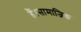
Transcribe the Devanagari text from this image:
हैं।सामाजिक